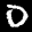
Label: 0